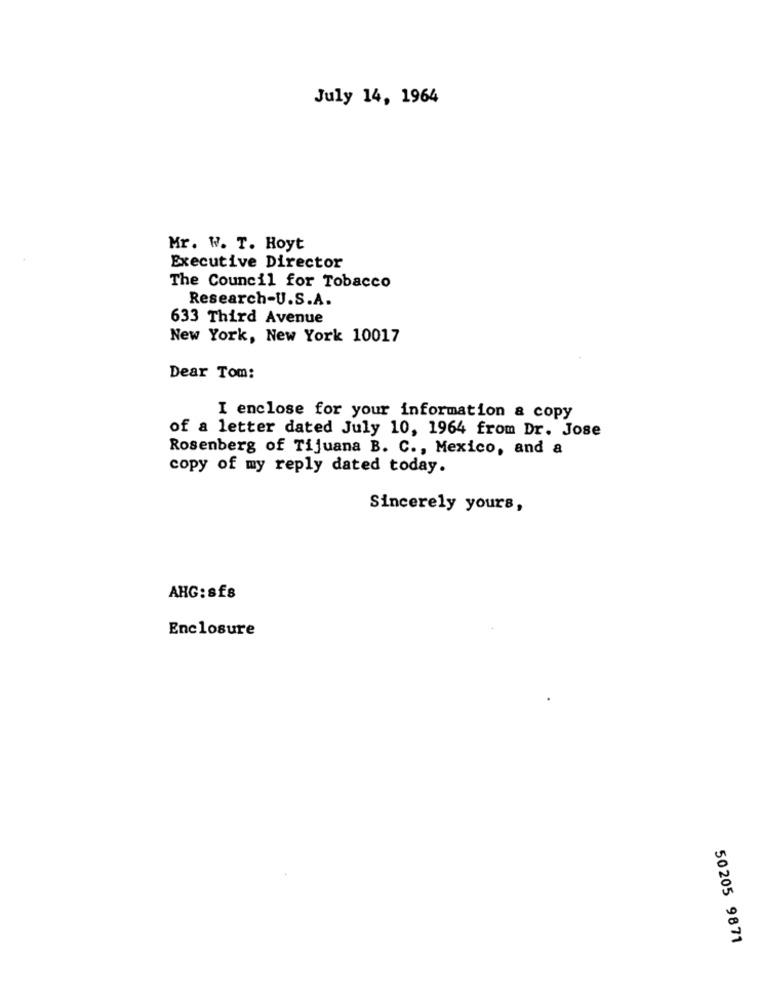
July 14, 1964
Mr. W. T. Hoyt
Executive Director
The Council for Tobacco
Research-U.S.A.
633 Third Avenue
New York, New York 10017
Dear Tom:
I enclose for your information & copy
of a letter dated July 10, 1964 from Dr. Jose
Rosenberg of Tijuana B. C ., Mexico, and a
copy of my reply dated today.
Sincerely yours,
AHG:sfs
Enclosure
50205 9871